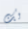
لك